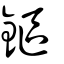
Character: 鏂